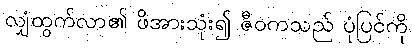
လျှံထွက်လာ၏ ဖိအားသုံး၍ ဇီဝကသည် ပုံပြင်ကို